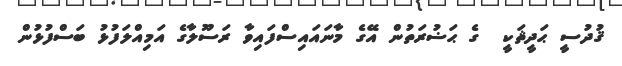
ޤުދުސީ ޙަދީޘަކީ  ގެ ޙަޟުރަތުން އޭގެ މާނައައިސްފައިވާ ރަސޫލާގެ އަމިއްލަފުޅު ބަސްފުޅުން